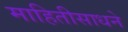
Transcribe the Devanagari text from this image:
माहितीसाधने